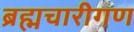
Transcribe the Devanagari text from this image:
ब्रह्मचारीगण